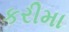
કરીમા